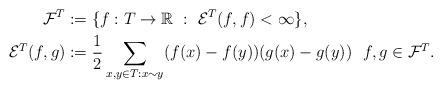
LaTeX: \begin{align*}\mathcal{F}^T&:=\{f:T\to\mathbb{R}\ :\ \mathcal{E}^T(f,f)<\infty\}, \\\mathcal{E}^T(f,g)&:=\frac{1}{2}\sum_{x,y\in T: x\sim y}(f(x)-f(y))(g(x)-g(y))\ \ f,g\in{\cal F}^T.\end{align*}